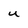
Character: U